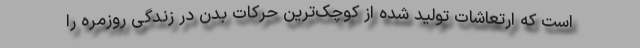
است که ارتعاشات تولید شده از کوچک‌ترین حرکات بدن در زندگی روزمره را